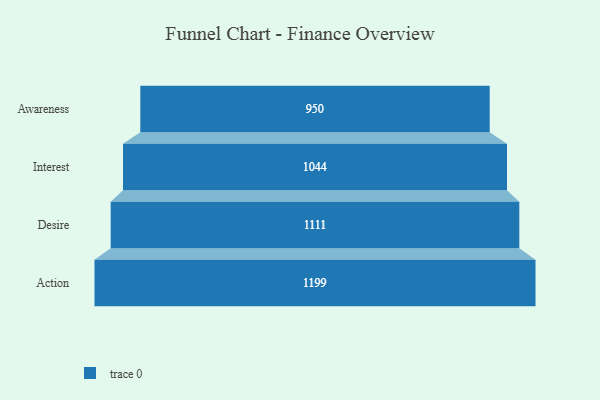
{"axis": {"x": "Stage", "y": "Value"}, "legend": [""], "data": [{"x": "Awareness", "y": 950.0, "type": ""}, {"x": "Interest", "y": 1044.0, "type": ""}, {"x": "Desire", "y": 1111.0, "type": ""}, {"x": "Action", "y": 1199.0, "type": ""}]}